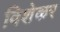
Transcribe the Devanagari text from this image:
विशेकर